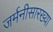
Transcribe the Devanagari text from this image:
जर्मनीसारख्या